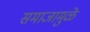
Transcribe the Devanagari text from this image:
समाजामुळे